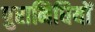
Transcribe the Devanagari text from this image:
पुरानिधियों